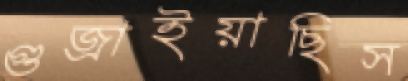
গুজ্‌রাইয়াছিস